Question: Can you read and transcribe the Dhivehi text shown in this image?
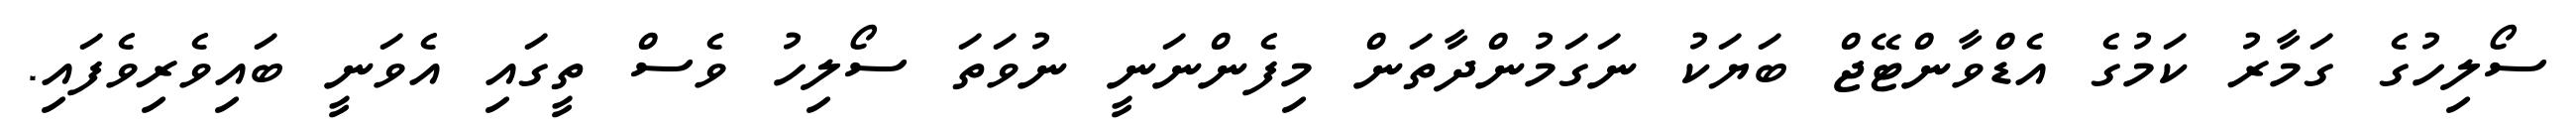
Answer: ސޯލިހުގެ ގަމާރު ކަމުގެ އެޑްވާންޓޭޖް ބަޔަކު ނަގަމުންދާތަން މިފެންނަނީ ނުވަތަ ސޯލިހު ވެސް ތީގައި އެވަނީ ބައިވެރިވެފައި.